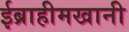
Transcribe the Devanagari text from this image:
ईब्राहीमखानी